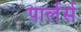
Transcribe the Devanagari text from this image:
पार्लर्स